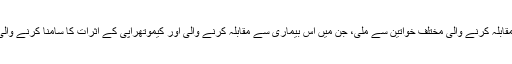
میں بریسٹ کینسر سے مقابلہ کرنے والی مختلف خواتین سے ملی، جن میں اس بیماری سے مقابلہ کرنے والی اور کیموتھراپی کے اثرات کا سامنا کرنے والی خواتین بھی شامل تھیں۔